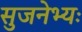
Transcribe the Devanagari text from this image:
सुजनेभ्यः